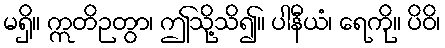
မရှိ။ ဣတိဉတွာ၊ ဤသို့သိ၍။ ပါနီယံ၊ ရေကို။ ပိဝိ၊